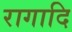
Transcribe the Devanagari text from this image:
रागादि